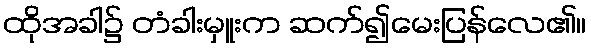
ထိုအခါ၌ တံခါးမှူးက ဆက်၍မေးပြန်လေ၏။